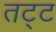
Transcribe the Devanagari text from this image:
तट्ट